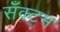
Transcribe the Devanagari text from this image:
सँक्टम